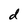
Character: d